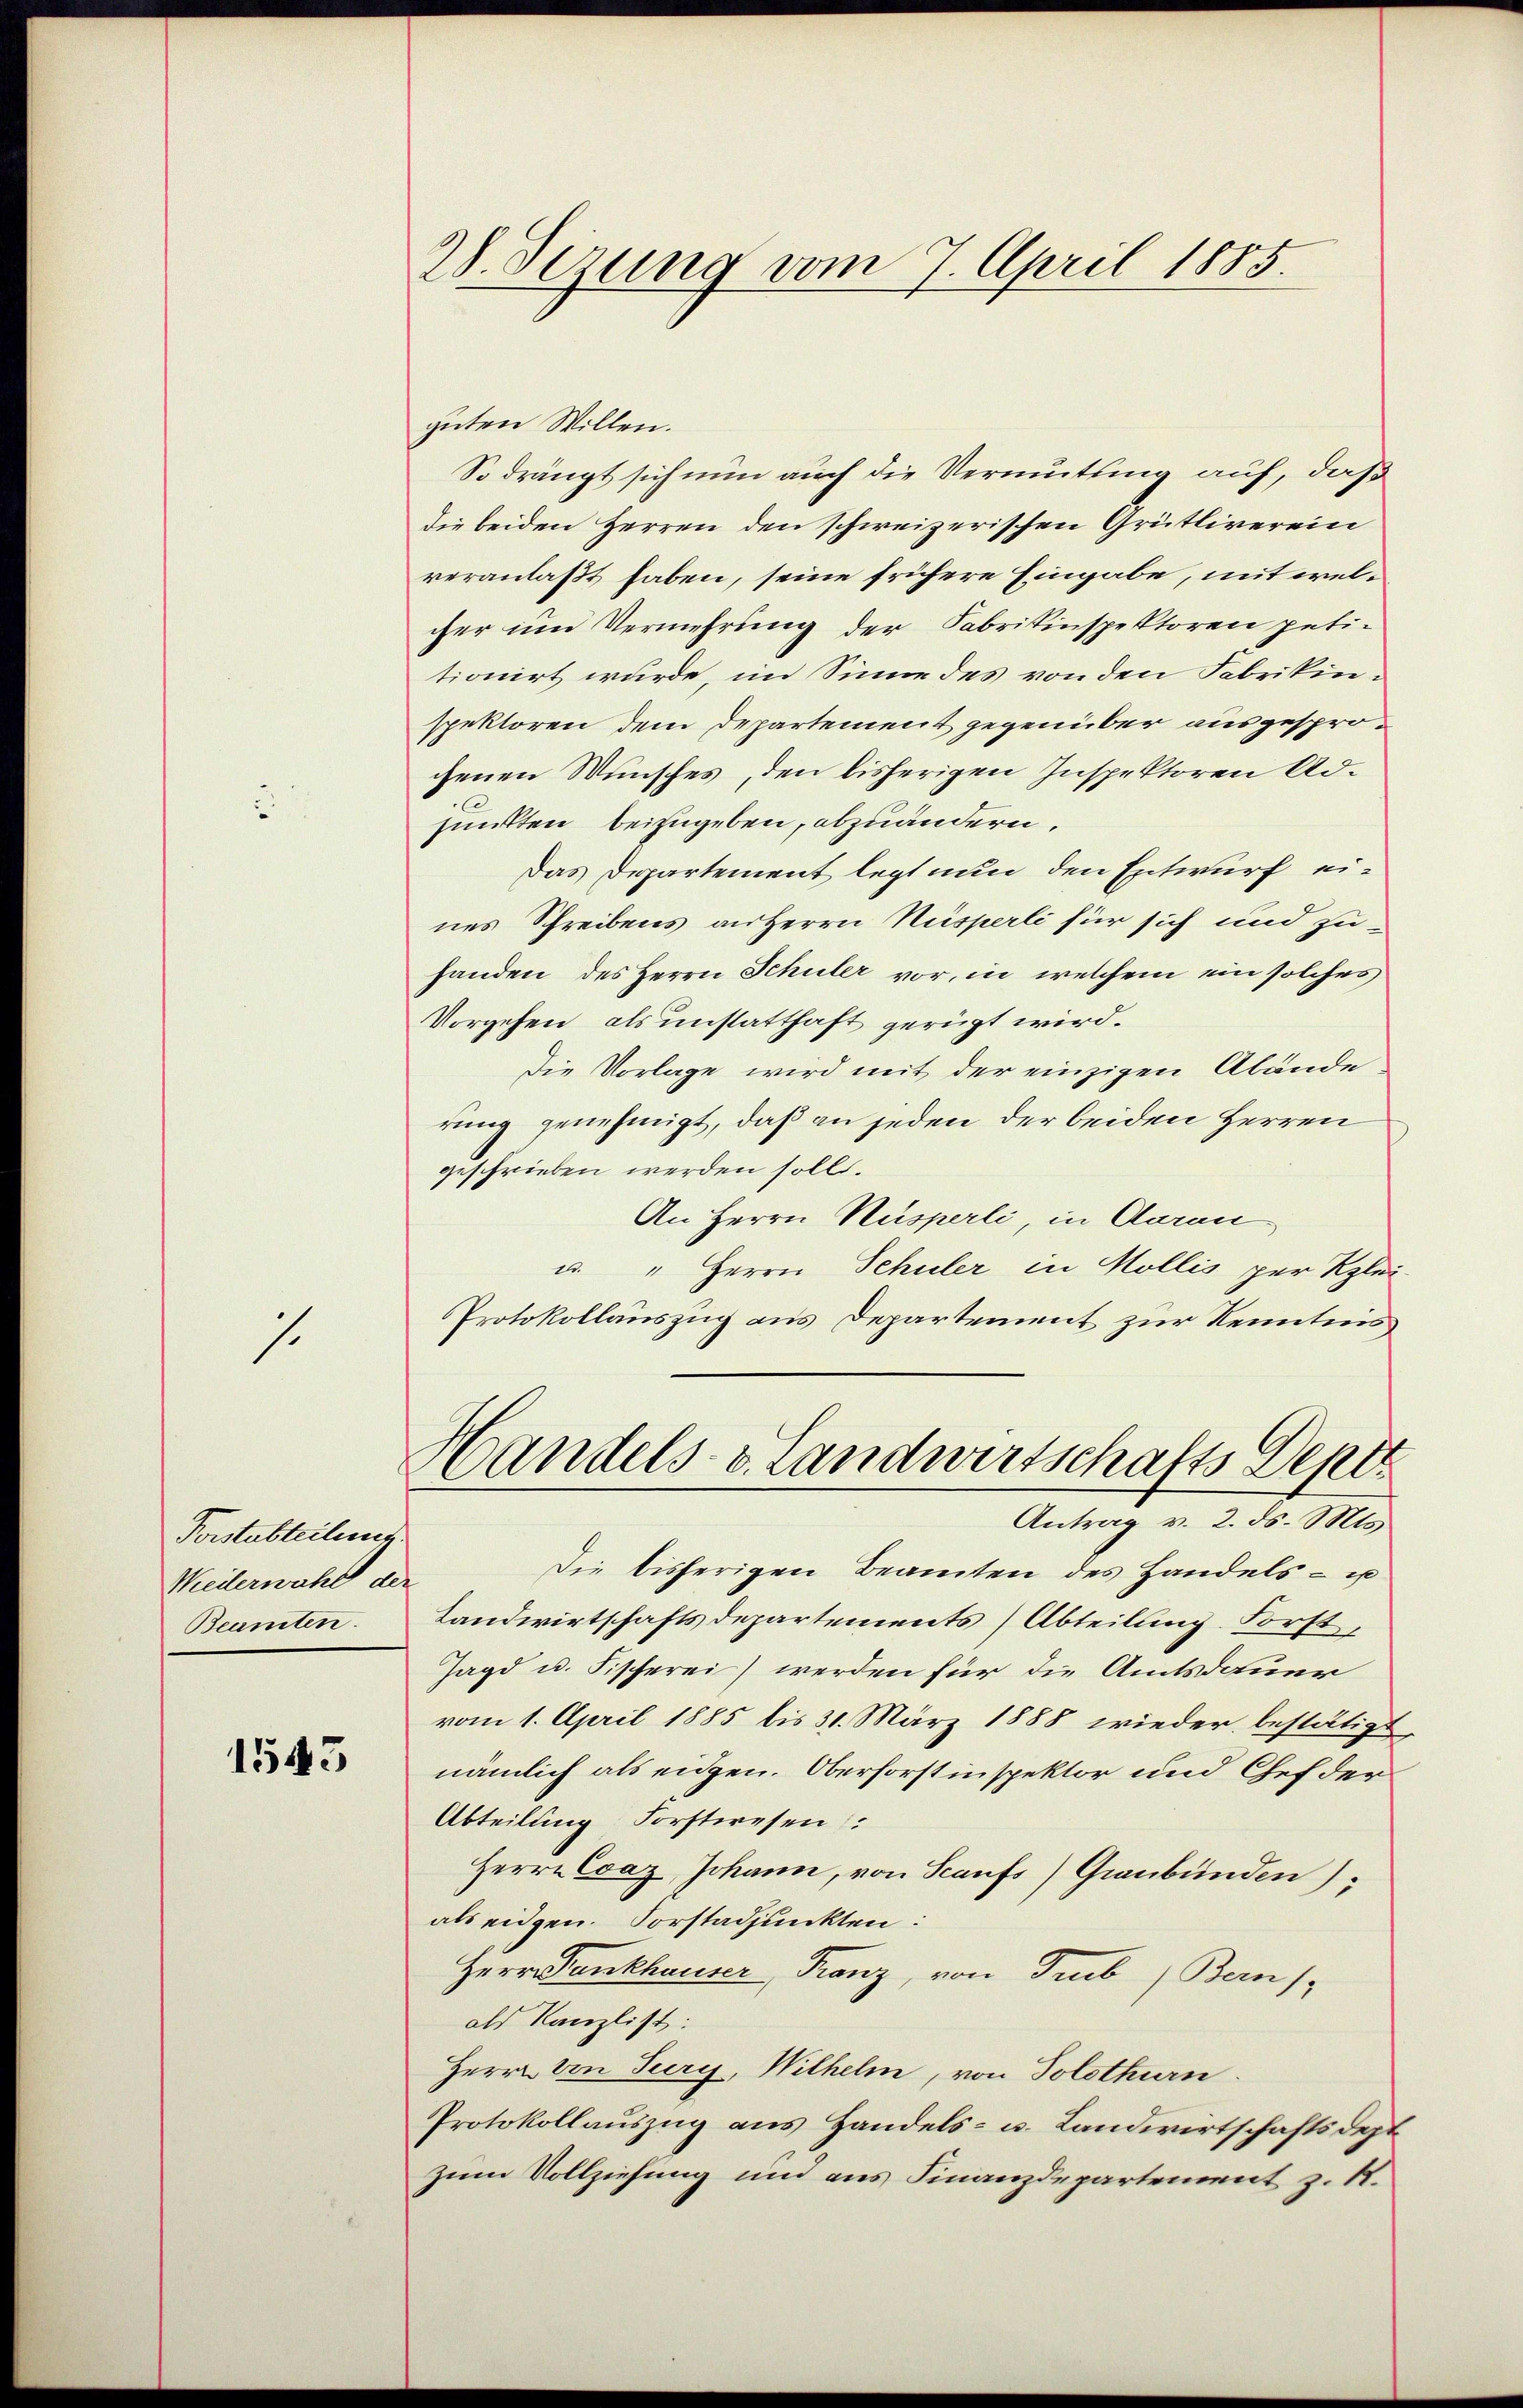
1.

Forstabteilung
Wedlerwahl der
Beamten.

1543

28. Sizung vom 7. April 1885.

guten Willen.
So drängt sich nun auch die Vermutung auf, daß
die beiden Herren den schweizerischen Grütliverein
veranlaßt haben, seine frühere Eingabe, mit welcher um Vermehrung der Fabrikinspektoren petitionirt wurde, im Sinne des von den Fabrikinspektoren dem Departement gegenüber ausgesprochenen Wunsches, den bisherigen Inspektoren Adsmitten beizugeben, abzuändern.
Das Departement legt nun den Entwurf eines Schreibens an Herrn Nüsperli für sich und zuhanden des Herrn Schuler vor, in welchem ein solches
Vorgehen als unstatthaft gerügt wird.
Die Vorlage wird mit der einzigen Abände
rung genehmigt, daß an jeden der beiden Herren
geschrieben werden soll.
An Herrn Husperli, in Aarau
u. " Herrn Schuler in Mollis per Klei
Protokollauszug aus Departement zur Kenntnis,
Handels- v. Landwirtschafts Dept
Antrag v. 2. ds. Mts.
Die bisherigen Beamten des Handels- u
Landwirtschaftsdepartements (Abteilung. Forst
Jagd u. Fischerei) werden für die Amtsdauer
vom 1. April 1885 bis 31. März 1888 wieder bestätigt
nämlich als eidgen. Oberforstinspektor und Chef der
Abteilung Forstwesen:
Herrn Evaz, Johann, von Sanfs) Graubünden)
als eidgen. Vorstadpunkten:
Herrn Fankhauser Franz, von Trub) Bern,
als Kanzlist:
Herrn von Seery, Wilhelm, von Solothurn.
Protokollauszug aus Handels- u. Landwirtschaftsdept
zum Vollziehung und aus Finanzdepartement z. R.